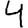
Digit: 4